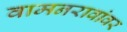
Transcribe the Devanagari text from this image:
वामनरावांवर